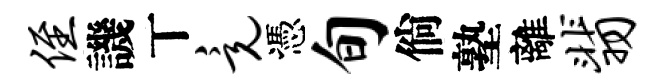
侄譏丅竟憑旬倘塾離翡